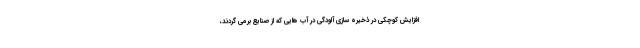
افزایش کوچکی در ذخیره سازی آلودگی در آب هایی که از صنایع برمی گردند،